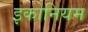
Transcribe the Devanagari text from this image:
इकोनियम